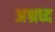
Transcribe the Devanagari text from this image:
अश्रध्द